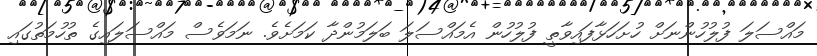
މައްސަލަ ފުލުހުންނަށް ހުށަހަޅާފައިވާތީ ފުލުހުން އެމައްސަލަ ބަލަމުންދާ ކަމަށެވެ. ނަމަވެސް މައްސަލައިގެ ތުހުމަތުގައި